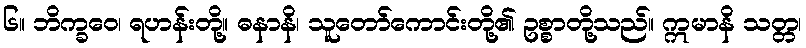
၆။ ဘိက္ခဝေ၊ ရဟန်းတို့။ ဓနာနိ၊ သူတော်ကောင်းတို့၏ ဥစ္စာတို့သည်။ ဣမာနိ သတ္တ၊